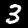
Digit: 3